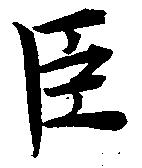
臣